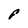
Character: F